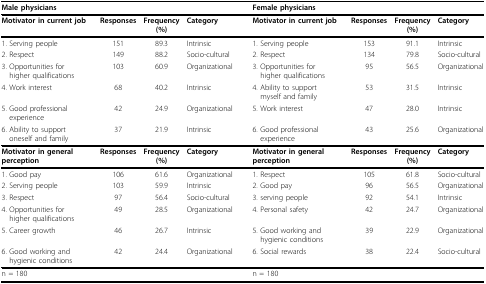
| <COLSPAN=4> Male physicians | <COLSPAN=4> Female physicians |
 | --- | --- | --- | --- | --- | --- | --- | --- |
 | Motivator in current job | Responses | Frequency (%) | Category | Motivator in current job | Responses | Frequency (%) | Category |
 | 1. Serving people | 151 | 89.3 | Intrinsic | 1. Serving people | 153 | 91.1 | Intrinsic |
 | 2. Respect | 149 | 88.2 | Socio-cultural | 2. Respect | 134 | 79.8 | Socio-cultural |
 | 3. Opportunities for higher qualifications | 103 | 60.9 | Organizational | 3. Opportunities for higher qualifications | 95 | 56.5 | Organizational |
 | 4. Work interest | 68 | 40.2 | Intrinsic | 4. Ability to support myself and family | 53 | 31.5 | Intrinsic |
 | 5. Good professional experience | 42 | 24.9 | Organizational | 5. Work interest | 47 | 28.0 | Intrinsic |
 | 6. Ability to support oneself and family | 37 | 21.9 | Intrinsic | 6. Good professional experience | 43 | 25.6 | Organizational |
 | Motivator in general perception | Responses | Frequency (%) | Category | Motivator in general perception | Responses | Frequency (%) | Category |
 | 1. Good pay | 106 | 61.6 | Organizational | 1. Respect | 105 | 61.8 | Socio-cultural |
 | 2. Serving people | 103 | 59.9 | Intrinsic | 2. Good pay | 96 | 56.5 | Organizational |
 | 3. Respect | 97 | 56.4 | Socio-cultural | 3. serving people | 92 | 54.1 | Intrinsic |
 | 4. Opportunities for higher qualifications | 49 | 28.5 | Organizational | 4. Personal safety | 42 | 24.7 | Organizational |
 | 5. Career growth | 46 | 26.7 | Intrinsic | 5. Good working and hygienic conditions | 39 | 22.9 | Organizational |
 | 6. Good working and hygienic conditions | 42 | 24.4 | Organizational | 6. Social rewards | 38 | 22.4 | Socio-cultural |
 | n = 180 |  |  |  | n = 180 |  |  |  |